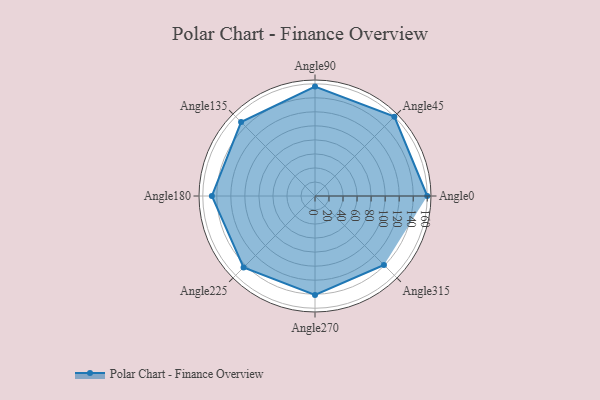
{"axis": {"x": "Angle", "y": "Radius"}, "legend": [""], "data": [{"x": "Angle0", "y": 160.0, "type": ""}, {"x": "Angle45", "y": 160.0, "type": ""}, {"x": "Angle90", "y": 156.0, "type": ""}, {"x": "Angle135", "y": 149.0, "type": ""}, {"x": "Angle180", "y": 147.0, "type": ""}, {"x": "Angle225", "y": 144.0, "type": ""}, {"x": "Angle270", "y": 141.0, "type": ""}, {"x": "Angle315", "y": 139.0, "type": ""}]}